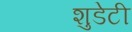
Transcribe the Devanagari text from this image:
शुडेटी